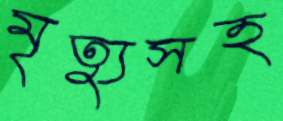
মৃত্যুসহ